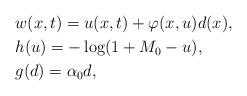
LaTeX: \begin{align*}&w(x,t) = u(x,t) + \varphi(x, u) d(x), \\&h(u) = -\log(1+M_0 -u),\\&g(d)= \alpha_0 d,\end{align*}